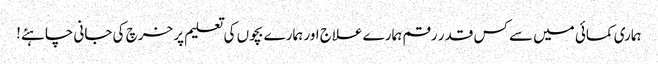
ہماری کمائی میں سے کس قدر رقم ہمارے علاج اور ہمارے بچوں کی تعلیم پر خرچ کی جانی چاہئے!